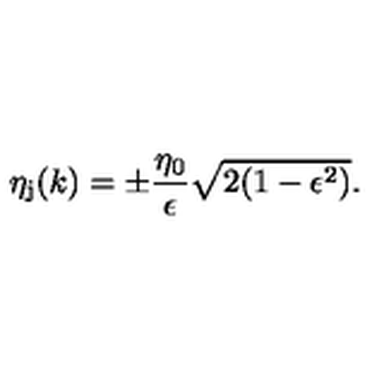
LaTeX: \eta _ { \mathrm { j } } ( k ) = \pm \frac { \eta _ { 0 } } { \epsilon } \sqrt { 2 ( 1 - \epsilon ^ { 2 } ) } .